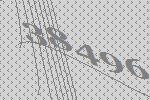
38496